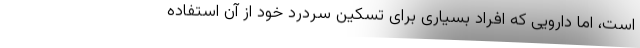
است، اما دارویی که افراد بسیاری برای تسکین سردرد خود از آن استفاده